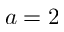
a = 2